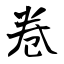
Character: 卷